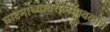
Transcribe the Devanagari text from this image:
घाटमाथ्यावरीलमावळांत